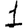
Digit: 1